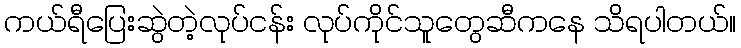
ကယ်ရီပြေးဆွဲတဲ့လုပ်ငန်း လုပ်ကိုင်သူတွေဆီကနေ သိရပါတယ်။